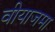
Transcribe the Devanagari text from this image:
वीयाजमा